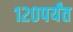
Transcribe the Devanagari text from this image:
१२०पर्यंत